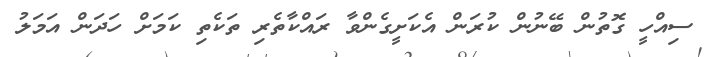
ސިއްހީ ގޮތުން ބޭނުން ކުރަން އެކަށީގެންވާ ރައްކާތެރި ތަކެތި ކަމަށް ހަދަން އަމަލު